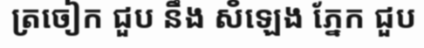
ត្រចៀក ជួប នឹង ស៓ឡេង ភ្នែក ជួប